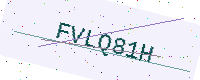
Text: FVLQ81H